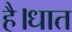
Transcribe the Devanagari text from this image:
है।धात